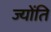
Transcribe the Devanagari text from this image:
ज्योंति